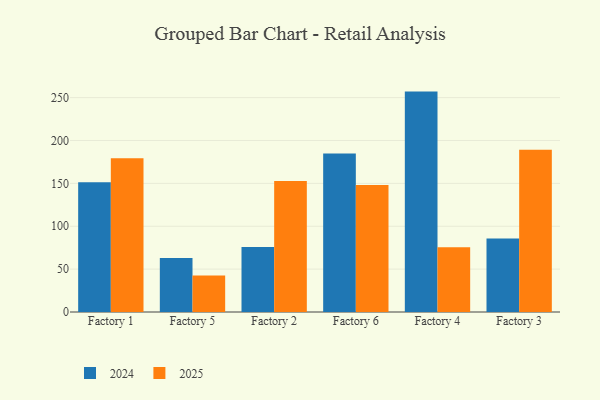
{"axis": {"x": "Factory", "y": "Budget (USD K)"}, "legend": ["2024", "2025"], "data": [{"x": "Factory 1", "y": 179.3, "type": "2025"}, {"x": "Factory 1", "y": 151.4, "type": "2024"}, {"x": "Factory 5", "y": 42.6, "type": "2025"}, {"x": "Factory 5", "y": 62.9, "type": "2024"}, {"x": "Factory 2", "y": 152.8, "type": "2025"}, {"x": "Factory 2", "y": 75.8, "type": "2024"}, {"x": "Factory 6", "y": 148.1, "type": "2025"}, {"x": "Factory 6", "y": 184.7, "type": "2024"}, {"x": "Factory 4", "y": 75.6, "type": "2025"}, {"x": "Factory 4", "y": 257.0, "type": "2024"}, {"x": "Factory 3", "y": 189.3, "type": "2025"}, {"x": "Factory 3", "y": 85.8, "type": "2024"}]}